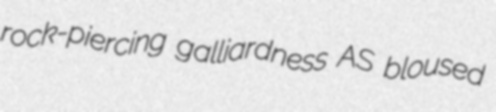
rock-piercing galliardness AS bloused